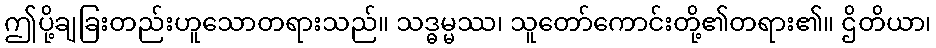
ဤပို့ချခြးတည်းဟူသောတရားသည်။ သဒ္ဓမ္မဿ၊ သူတော်ကောင်းတို့၏တရား၏။ ဌိတိယာ၊